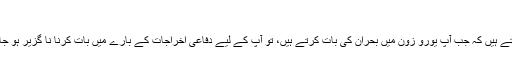
‘‘
کے کہتے ہیں کہ جب آپ یورو زون میں بحران کی بات کرتے ہیں، تو آپ کے لیے دفاعی اخراجات کے بارے میں بات کرنا نا گزیر ہو جاتا ہے ۔